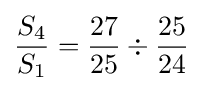
{S_{4} \over S_{1}}={{27 \over 25}\div {25 \over 24}}